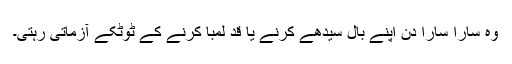
وہ سارا سارا دن اپنے بال سیدھے کرنے یا قد لمبا کرنے کے ٹوٹکے آزماتی رہتی۔